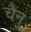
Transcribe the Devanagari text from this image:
चैनु